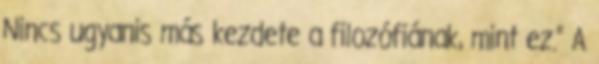
Nincs ugyanis más kezdete a filozófiának, mint ez.” A